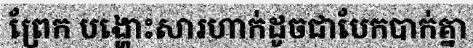
ព្រែក បង្ហោះសារហាក់ដូចជាបែកបាក់គ្នា